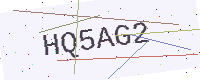
Text: HQ5AG2